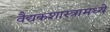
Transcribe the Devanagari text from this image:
वैद्यकशास्त्रामध्ये